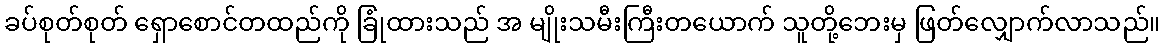
ခပ်စုတ်စုတ် ရှောစောင်တထည်ကို ခြုံထားသည် အ မျိုးသမီးကြီးတယောက် သူတို့ဘေးမှ ဖြတ်လျှောက်လာသည်။